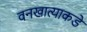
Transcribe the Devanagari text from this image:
वनखात्याकडे